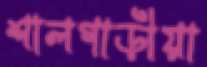
শালগাড়ীয়া